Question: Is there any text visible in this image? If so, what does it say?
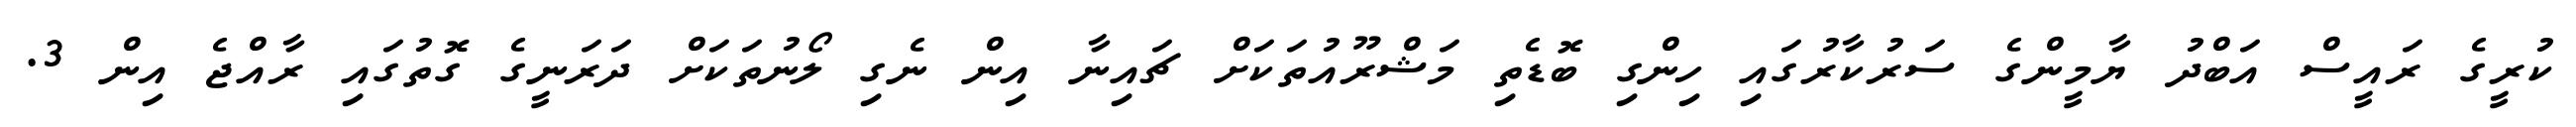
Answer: ކުރީގެ ރައީސް އަބްދު ޔާމީންގެ ސަރުކާރުގައި ހިންގި ބޮޑެތި މަޝްރޫއުތަކަށް ޗައިނާ އިން ނެގި ލޯނުތަކަށް ދަރަނީގެ ގޮތުގައި ރާއްޖެ އިން 3.